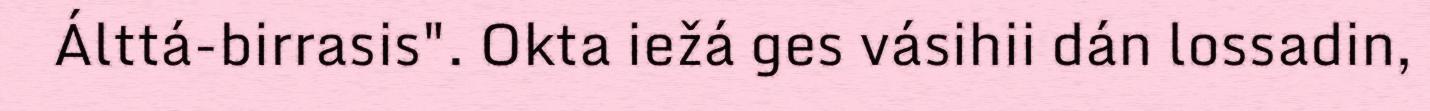
Álttá-birrasis". Okta iežá ges vásihii dán lossadin,